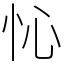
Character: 㤈